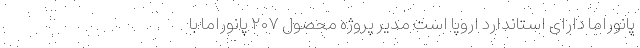
پانوراما دارای استاندارد اروپا است مدیر پروژه محصول ۲۰۷ پانوراما با